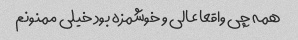
همه چی واقعا عالی و خوشمزه بود خیلی ممنونم